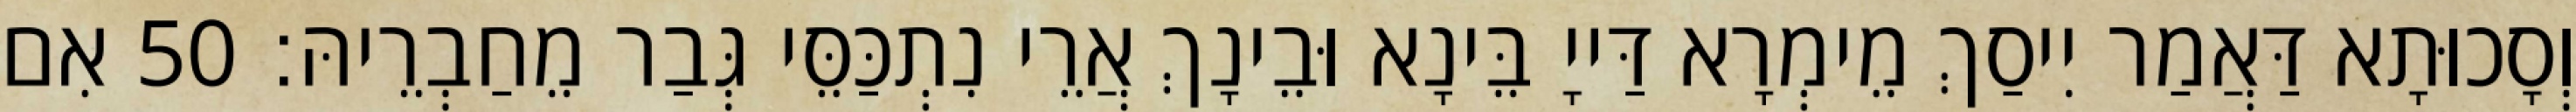
וְסָכוּתָא דַּאֲמַר יִיסַךְ מֵימְרָא דַּייָ בֵּינָא וּבֵינָךְ אֲרֵי נִתְכַּסֵּי גְּבַר מֵחַבְרֵיהּ׃ 50 אִם